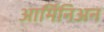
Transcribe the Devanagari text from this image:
आर्मिनिअन